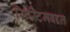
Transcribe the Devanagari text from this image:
सिस्टिमबद्दल